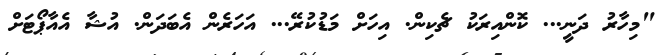
"މިހާރު ދަނީ... ކޮންއިރަކު ޗެކިން. އިހަށް މަޑުކުރޭ... އަހަރެން އެބަދަން. އުޝާ އެއާޕޯޓަށް